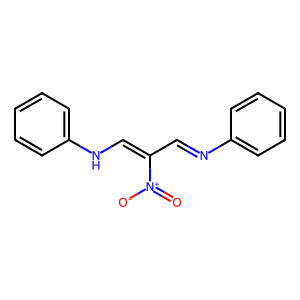
SMILES: O=[N+]([O-])C(C=Nc1ccccc1)=CNc1ccccc1
Inhibits HIV replication: No